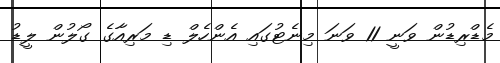
މެޑްރިޑުން ވަނީ 11 ވަނަ މިނެޓުގައި އެންހެލް ޑި މަރިއާގެ ގޯލުން ލީޑު